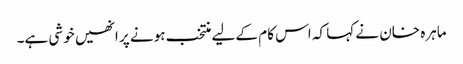
ماہرہ خان نے کہا کہ اس کام کے لیے منتخب ہونے پر انھیں خوشی ہے۔